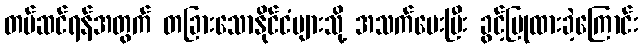
တပ်ဆင်ရန်အတွက် တခြားသောနိုင်ငံများသို့ အသက်ပေးပြီး ခွင့်ပြုထားခဲ့ကြောင်း